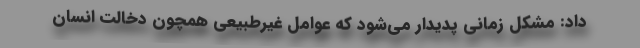
داد: مشکل زمانی پدیدار می‌شود که عوامل غیرطبیعی همچون دخالت انسان